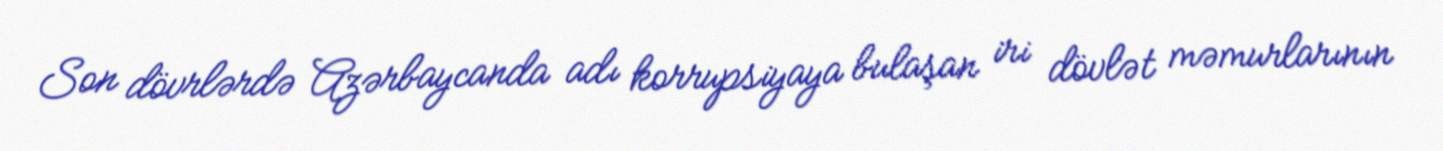
Son dövrlərdə Azərbaycanda adı korrupsiyaya bulaşan iri dövlət məmurlarının